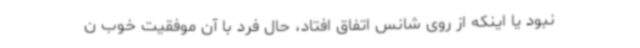
نبود یا اینکه از روی شانس اتفاق افتاد، حال فرد با آن موفقیت خوب ن